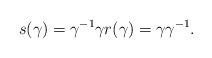
LaTeX: \begin{align*} s(\gamma) = \gamma^{-1} \gamma r(\gamma) = \gamma \gamma^{-1}.\end{align*}